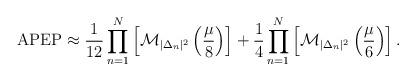
LaTeX: \begin{align*}\mathrm{APEP} \approx \frac{1}{12}\prod_{n=1}^{N}\left[\mathcal{M}_{|\Delta_n|^2}\left(\frac{\mu}{8}\right)\right]+\frac{1}{4}\prod_{n=1}^{N}\left[\mathcal{M}_{|\Delta_n|^2}\left(\frac{\mu}{6}\right)\right].\end{align*}